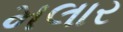
મલાર